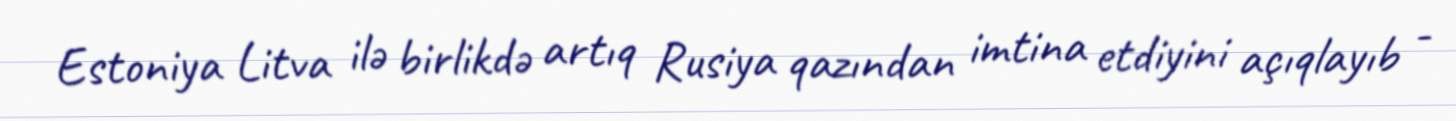
Estoniya Litva ilə birlikdə artıq Rusiya qazından imtina etdiyini açıqlayıb -